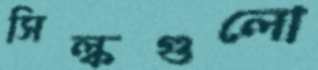
সিল্কগুলো